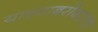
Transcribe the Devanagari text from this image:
याच्याबरोबरच्या